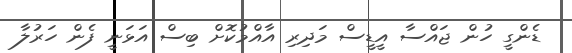
ޑެންގީ ހުން ޖައްސާ އީޑީސް މަދިރި އާއްމުކޮށް ބިސް އަޅަނީ ފެން ހަރުލާ